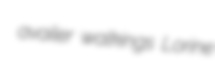
availer walkings Lorine